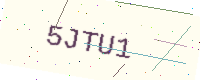
Text: 5JTU1